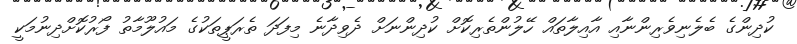
ކުދިންގެ ބެލެނިވެރިންނާއި އާއިލާތައް ހޭލުންތެރިކޮށް ކުދިންނަށް ދެވިދާނެ މިފަދަ ތެރަޕީތަކުގެ މައުލޫމާތު ފޯރުކޮށްދިނުމަކީ